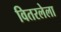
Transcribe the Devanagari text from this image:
वितरलेला